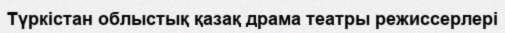
Түркістан облыстық қазақ драма театры режиссерлері